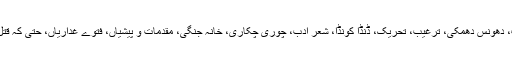
………… دم چھو، پیسہ پلاٹ، دھونس دھمکی، ترغیب، تحریک، ڈنڈا کونڈا، شعر ادب، چوری چکاری، خانہ جنگی، مقدمات و پیشیاں، فتوے غداریاں، حتیٰ کہ قتل و غارت سب ذرائع موجود ہیں۔